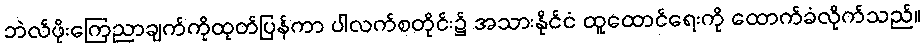
ဘဲလ်ဖိုးကြေညာချက်ကိုထုတ်ပြန်ကာ ပါလက်စတိုင်း၌ အသားနိုင်ငံ ထူထောင်ရေးကို ထောက်ခံလိုက်သည်။